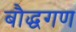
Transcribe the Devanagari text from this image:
बौद्धगण